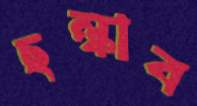
ছল্‌কাব